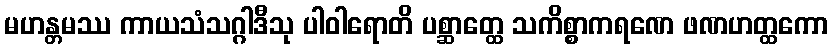
မဟန္တမဿ ကာယသံသဂ္ဂါဒီသု ပါဝါရောတိ ပစ္ဆာတ္ထေ သကိစ္စာကရဏေ ဖဏဟတ္ထကော